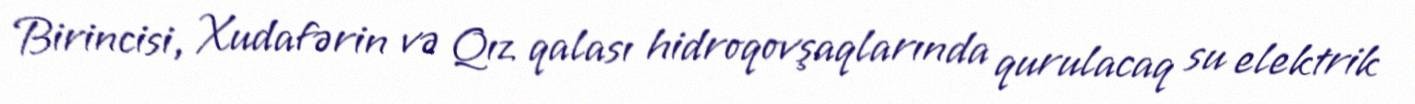
Birincisi, Xudafərin və Qız qalası hidroqovşaqlarında qurulacaq su elektrik